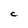
Character: C